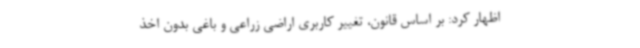
اظهار کرد: بر اساس قانون، تغییر کاربری اراضی زراعی و باغی بدون اخذ